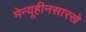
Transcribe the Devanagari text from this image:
मेन्यूहीनसारखे